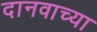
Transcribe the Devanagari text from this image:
दानवाच्या